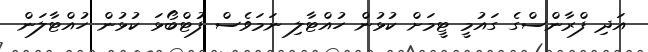
އަދި ފްރާންސްގެ ގައުމީ ޓީމަށް ކުޅުން ހުއްޓާލި ނަމަވެސް ފުޓްބޯޅަ ކުޅުން ހުއްޓާލަން